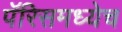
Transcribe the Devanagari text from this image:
पॅरिसमध्येच